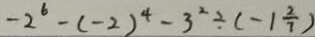
- 2 ^ { 6 } - ( - 2 ) ^ { 4 } - 3 ^ { 2 } \div ( - 1 \frac { 2 } { 7 } )